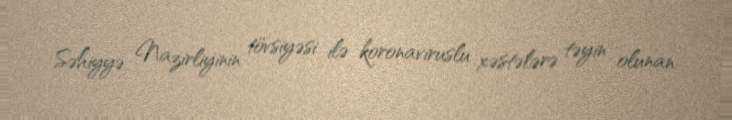
Səhiyyə Nazirliyinin tövsiyəsi ilə koronaviruslu xəstələrə təyin olunan